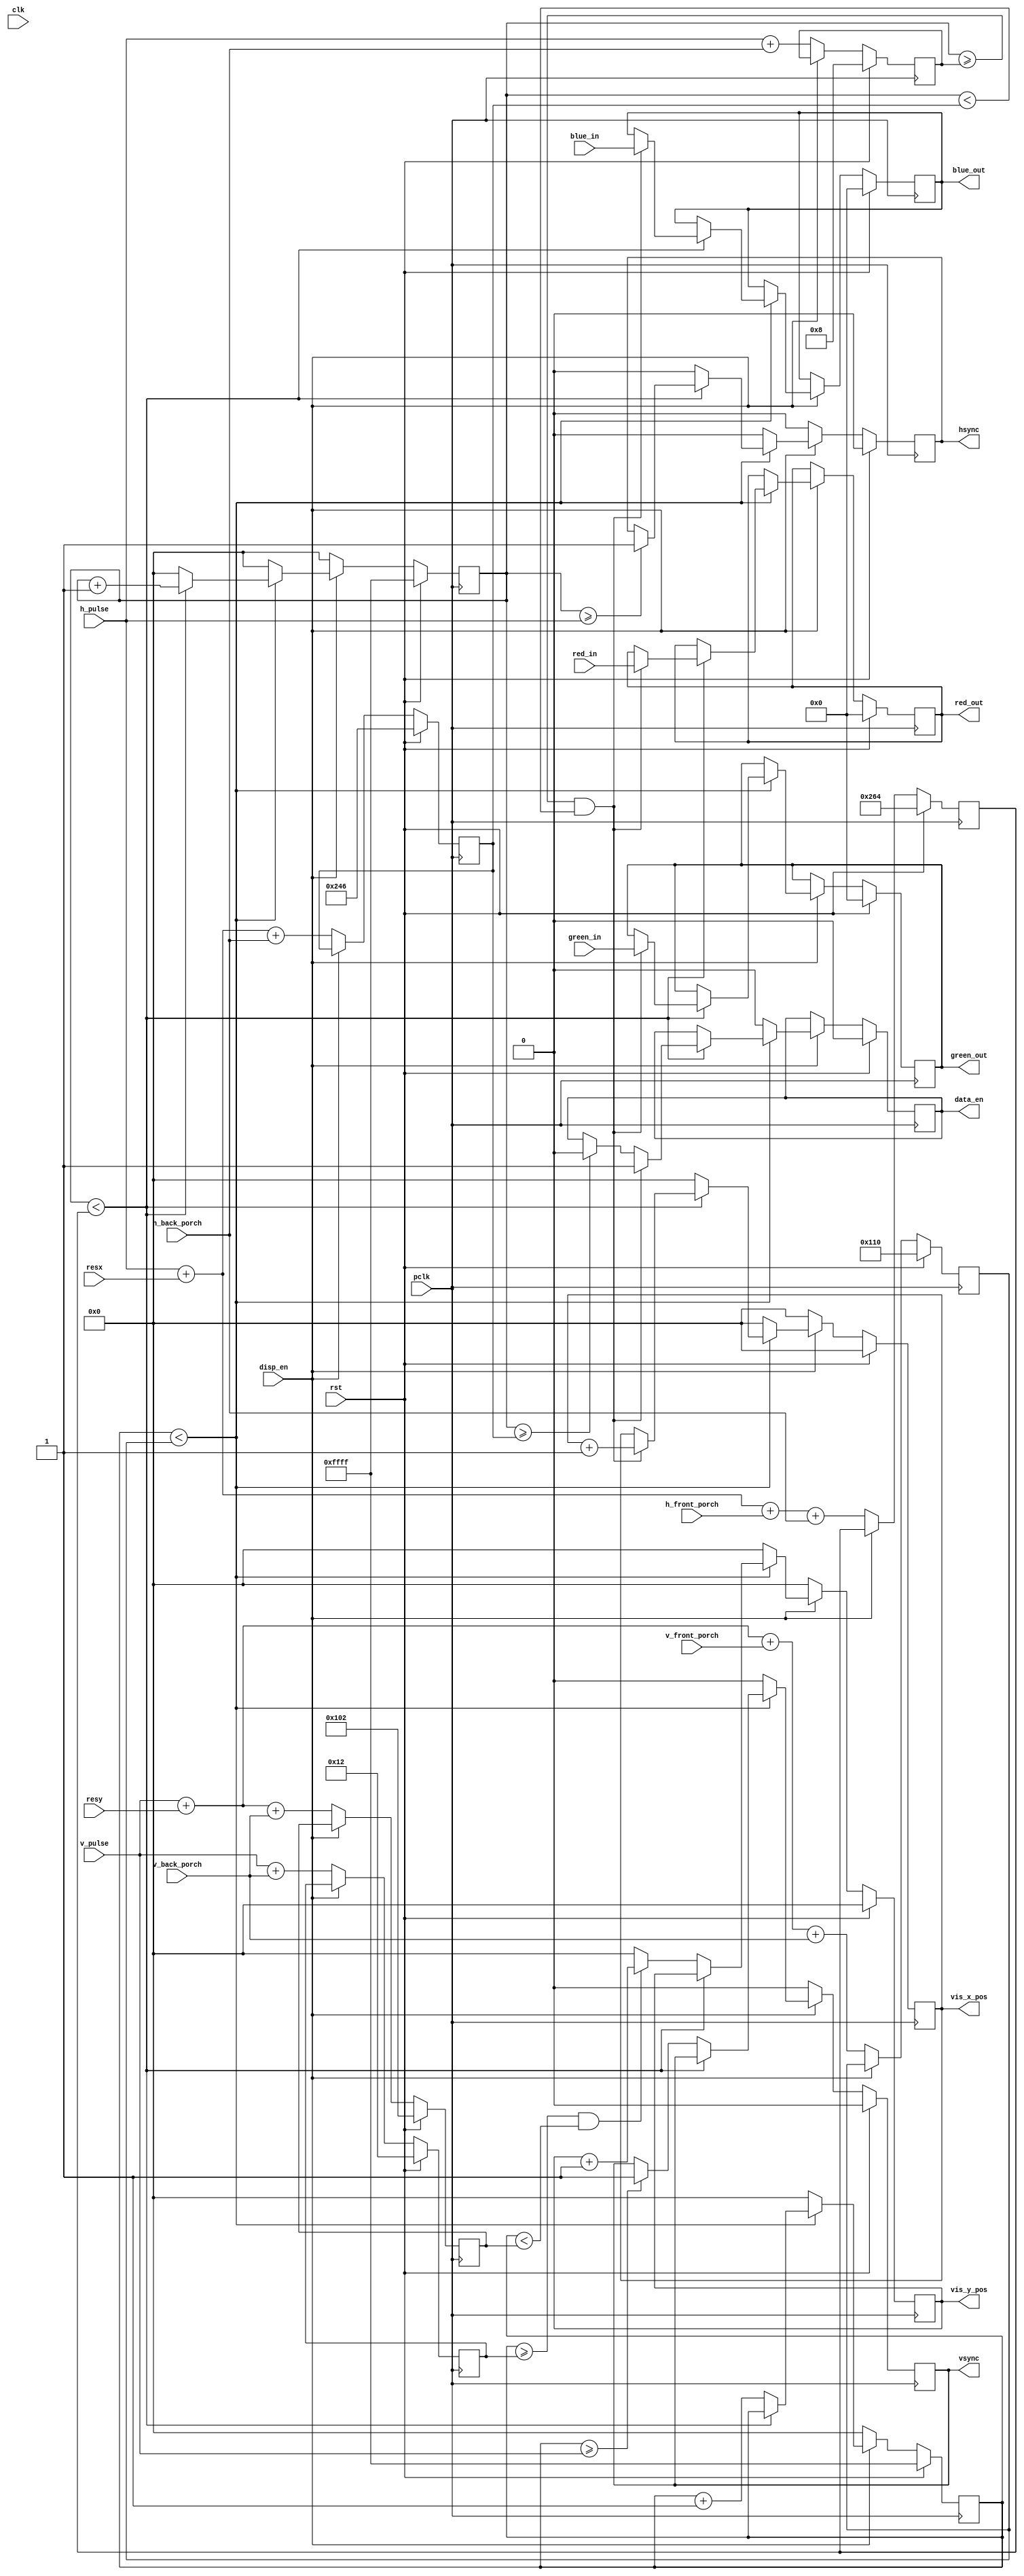
//tft_core.v

/**
 * 8/23/2011
 * Version 0.0.01
 *
 **/



/**
 *
 *	the data needs to be set up on the falling edge of the pclk, since the 
 *	pclk_2x will come in
 *
 **/

module tft_core (
	clk,
	rst,

	resx,
	resy,

	v_pulse,
	v_front_porch,
	v_back_porch,

	h_pulse,
	h_front_porch,
	h_back_porch,

	vis_y_pos,
	vis_x_pos,

	red_in,
	green_in,
	blue_in,

	//out to the LCD screen
	red_out,
	green_out,
	blue_out,
	pclk,
	disp_en,
	hsync,
	vsync,
	data_en


);


input 				clk;
input 				rst;

input [7:0]			red_in;
input [7:0]			green_in;
input [7:0]			blue_in;

input [15:0]		resx;
input [15:0]		resy;
input [15:0]		v_pulse;
input [15:0]		v_front_porch;
input [15:0]		v_back_porch;
input [15:0]		h_pulse;
input [15:0]		h_front_porch;
input [15:0]		h_back_porch;

output reg [7:0]	red_out;
output reg [7:0]	green_out;
output reg [7:0]	blue_out;
output reg			hsync;
output reg			vsync;
output reg			data_en;
input				disp_en;

input				pclk;

output reg [15:0]	vis_y_pos;
output reg [15:0]	vis_x_pos;

//registers			
reg	[15:0]			y_pos;
reg [15:0]			x_pos;


reg [15:0]	total_x;
reg [15:0]	total_y;
reg [15:0] stop_vis_x;
reg [15:0] stop_vis_y;
reg [15:0] start_vis_x;
reg [15:0] start_vis_y;

always @ (posedge pclk) begin

	if (rst) begin
		red_out 	<= 8'h0;
		green_out 	<= 8'h0;
		blue_out	<= 8'h0;
		hsync		<= 0;
		vsync		<= 0;
		data_en		<= 0;

		y_pos		<= 16'hFFFF;
		vis_y_pos	<= 16'h0000;
		x_pos		<= 16'hFFFF;
		vis_x_pos 	<= 16'h0000;

		total_x		<= 16'd0612;
		total_y		<= 16'd0272;

		stop_vis_x	<= 16'd0582;
		stop_vis_y	<= 16'd0258;

		start_vis_x	<= 16'd0008;
		start_vis_y	<= 16'd0018;


	end
	else begin
		
		if (disp_en) begin
			if (y_pos < (total_y)) begin

				x_pos <= x_pos + 1;
				$display ("y_pos: %d", y_pos);
				$display ("x_pos: %d", x_pos);
				//$display ("vis_x_pos: %d", vis_x_pos);
				//$display ("vis_y_pos: %d", vis_y_pos);
			

				if (x_pos < total_x) begin
					if (x_pos >= h_pulse) begin
						hsync	<= 1;
					end
					if ((x_pos >= start_vis_x) && (x_pos < (stop_vis_x))) begin
						//FINALLY OUTPUT A PIXEL!
                        red_out    <= red_in;
                        green_out    <= green_in;
                        blue_out    <= blue_in;
						data_en <= 1;
						//output the pixel at the 
						vis_x_pos	<= vis_x_pos + 1;
					end
					else if (x_pos >= stop_vis_x) begin
						data_en	<= 0;
					end
				end
				else begin
					$display ("finished row");
					//$display ("y_pos: %d", y_pos);
					hsync		<= 0;
					x_pos 		<= 0;
					y_pos 		<= y_pos + 1;
					vis_x_pos	<= 0;
					vis_y_pos	<= 0;
					if (y_pos >= v_pulse) begin
						vsync <= 1;
					end
					if ((y_pos >= start_vis_y) && (y_pos < (stop_vis_y))) begin
						//set the visual y pixel
						vis_y_pos	<= vis_y_pos + 1;
					end
				end
			end

			else begin
				vsync 		<= 0;
                data_en     <= 0;
				hsync		<= 0;
				x_pos		<= 0;
				y_pos		<= 0;
				vis_x_pos	<= 0;
				vis_y_pos 	<= 0;
			end
		end
		//initialize a session by setting all values to zero
		else begin
			$display ("y total: %d", total_y);
			$display ("x total: %d", total_x);

			vsync	<= 0;
			hsync	<= 0;
			//one shot for sending a frame
			y_pos			<= 16'h0;
			x_pos			<= 16'h0;
			vis_x_pos		<= 16'h0;
			vis_y_pos		<= 16'h0;

			total_x	<=	h_pulse + resx + h_front_porch + h_back_porch;
			total_y	<=	v_pulse + resy + v_front_porch + v_back_porch;

			start_vis_x	<= h_pulse + h_back_porch;
			start_vis_y <= v_pulse + v_back_porch; 
			
			stop_vis_x	<= h_pulse + resx + h_back_porch;
			stop_vis_y	<= v_pulse + resy + v_back_porch;

		end

	end

end

endmodule